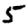
Digit: 5